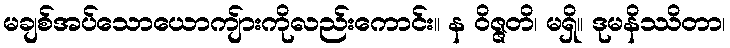
မချစ်အပ်သောယောကျ်ားကိုလည်းကောင်း။ န ဝိဇ္ဇတိ၊ မရှိ။ ဒုမနိဿိတာ၊